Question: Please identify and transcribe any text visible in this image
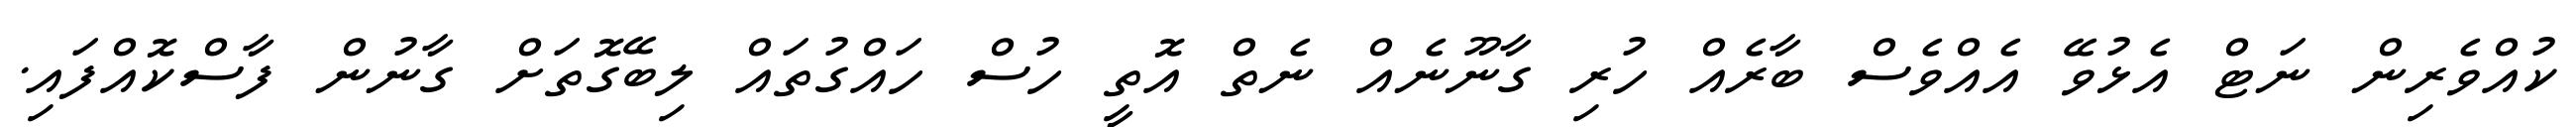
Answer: ކުއްވެރިން ނަޓް އެޅުވޭ އެއްވެސް ބާރެއް ހުރި ގާނޫނެއް ނެތް އޮތީ ހުސް ހައްގުތައް ލިބޭގޮތަށް ގާނުން ފާސްކޮއްފައި.